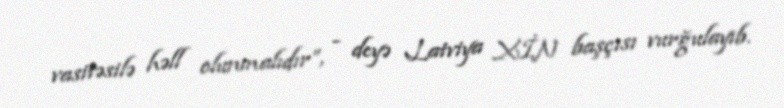
vasitəsilə həll olunmalıdır”, - deyə Latviya XİN başçısı vurğulayıb.